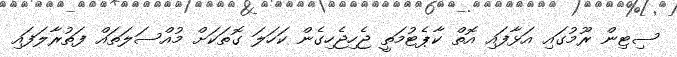
ސިޓިން ރޫމުގައި އަޅާފައި އޮތް ކާޕެޓުމަތީ ޖެހިޖެހިގެން ކަހަލަ ގޮތަކަށް މުއްސަލަތައް ފަތުރާލަފައި